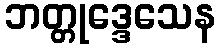
ဘတ္တုဒ္ဒေသေန